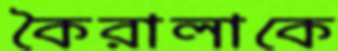
কৈরালাকে